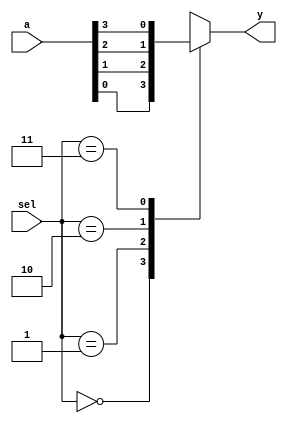

 
module mux4_1(input [3:0]a,
              input [1:0]sel,
              output reg y);

       

// Step 1 : Define the port directions with proper datatypes & ranges.


// Step 2 : Write the MUX behaviour as a parallel logic using case statement in behavioural modelling.
	always@(sel)
		begin
		case(sel)
		2'b00 : y = a[0];
		2'b01 : y = a[1];
		2'b10 : y = a[2];
		2'b11 : y = a[3];
		default : y = 0;
		endcase
		end 
endmodule